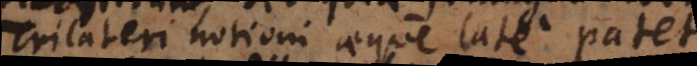
Trilateri notioni aeque late patet